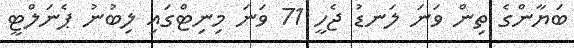
ބަޔާންގެ ތިން ވަނަ ލަނޑު ޖެހީ 71 ވަނަ މިނިޓްގައި ލިބުނު ޕެނަލްޓީ